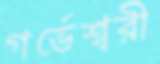
গর্ভেশ্বরী